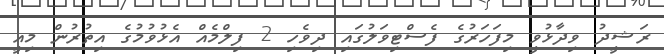
ރަޝީދު ވިދާޅުވީ މިފަހަރުގެ ފެސްޓިވަލުގައި ދިވެހި 2 ފިލްމެއް އެޅުވުމުގެ އިތުރުން މިއީ